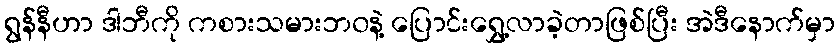
ရွန်နီဟာ ဒါဘီကို ကစားသမားဘ၀နဲ့ ပြောင်းရွှေ့လာခဲ့တာဖြစ်ပြီး အဲဒီနောက်မှာ